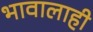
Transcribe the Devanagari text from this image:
भावालाही